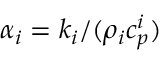
\alpha _ { i } = { k _ { i } / ( \rho _ { i } c _ { p } ^ { i } ) }